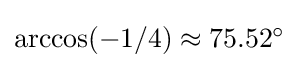
{\textstyle \arccos(-1/4)\approx 75.52^{\circ }}